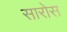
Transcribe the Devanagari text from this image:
सारोस